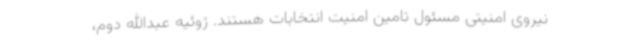
نیروی امنیتی مسئول تامین امنیت انتخابات هستند. ژوئیه عبدالله دوم،